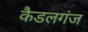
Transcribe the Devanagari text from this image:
कैडलगंज